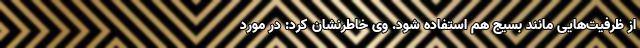
از ظرفیت‌هایی مانند بسیج هم استفاده شود. وی خاطرنشان کرد: در مورد